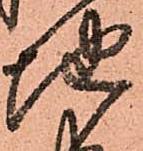
地